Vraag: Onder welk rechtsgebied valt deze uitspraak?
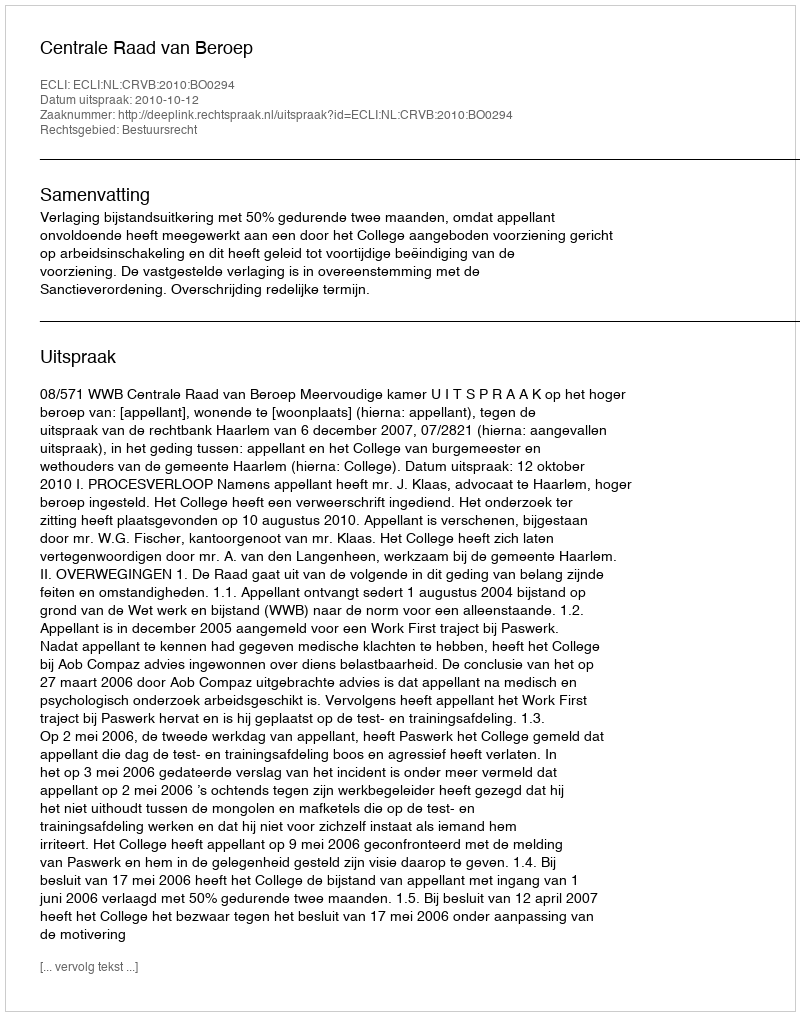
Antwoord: Bestuursrecht